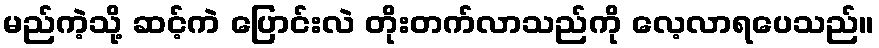
မည်ကဲ့သို့ ဆင့်ကဲ ပြောင်းလဲ တိုးတက်လာသည်ကို လေ့လာရပေသည်။